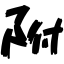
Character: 附